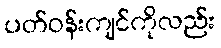
ပတ်ဝန်းကျင်ကိုလည်း